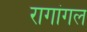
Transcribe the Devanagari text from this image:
रागांगल